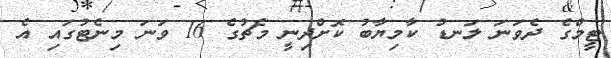
ޓީމްގެ ދެވަނަ ލަނޑު ކާމިޔާބު ކޮށްދިނީ މެޗުގެ 16 ވަނަ މިނެޓުގައި އެ